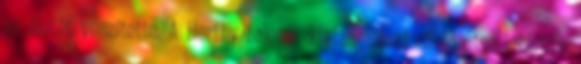
az életét veszítette. A Horthy-baleset kivizsgálását rövid úton lezárták.